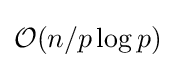
{\mathcal {O}}(n/p\log p)